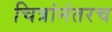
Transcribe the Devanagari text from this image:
चित्रांनंतरच